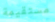
مستقيمة